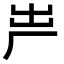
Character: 𠩃